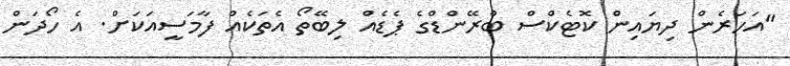
"އަހަރެން ދިޔައިން ކޮޓެކްސް ބްރޭންޑްގެ ޕެޑެއް ލިބޭތޯ އެތަކެއް ފާމަސީއަކަށް. އެ ހޯދަން